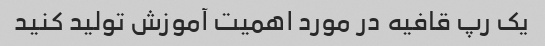
یک رپ قافیه در مورد اهمیت آموزش تولید کنید